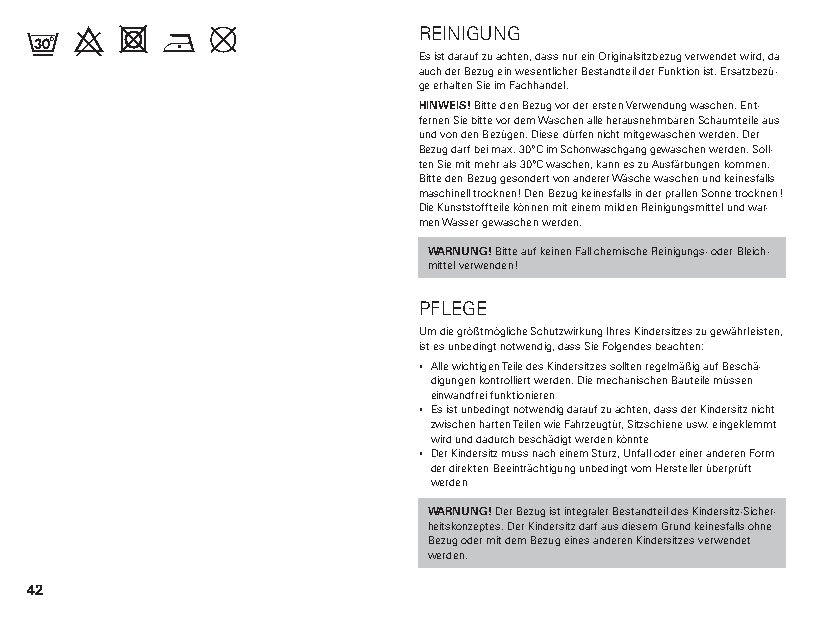
f  9  4     ,             REINIGUNG
 Es ist darauf zu achten, dass nur ein Originalsitzbezug verwendet wird, da
 auch der Bezug ein wesentlicher Bestandteil der Funktion ist. Ersatzbezü-
 ge erhalten Sie im Fachhandel.
 HINWEIS! Bitte den Bezug vor der ersten Verwendung waschen. Ent-
 fernen Sie bitte vor dem Waschen alle herausnehmbaren Schaumteile aus
 und von den Bezügen. Diese dürfen nicht mitgewaschen werden. Der
 Bezug darf bei max. 30°C im Schonwaschgang gewaschen werden. Soll-
 ten Sie mit mehr als 30°C waschen, kann es zu Ausfärbungen kommen.
 Bitte den Bezug gesondert von anderer Wäsche waschen und keinesfalls
 maschinell trocknen! Den Bezug keinesfalls in der prallen Sonne trocknen!
 Die Kunststoffteile können mit einem milden Reinigungsmittel und war-
 men Wasser gewaschen werden.
 WARNUNG! Bitte auf keinen Fall chemische Reinigungs- oder Bleich-
 mittel verwenden!
 PFLEGE
 Um die größtmögliche Schutzwirkung Ihres Kindersitzes zu gewährleisten,
 ist es unbedingt notwendig, dass Sie Folgendes beachten:
 ▪ Alle wichtigen Teile des Kindersitzes sollten regelmäßig auf Beschä-
 digungen kontrolliert werden. Die mechanischen Bauteile müssen
 einwandfrei funktionieren
 ▪ Es ist unbedingt notwendig darauf zu achten, dass der Kindersitz nicht
 zwischen harten Teilen wie Fahrzeugtür, Sitzschiene usw. eingeklemmt
 wird und dadurch beschädigt werden könnte
 ▪ Der Kindersitz muss nach einem Sturz, Unfall oder einer anderen Form
 der direkten Beeinträchtigung unbedingt vom Hersteller überprüft
 werden
 WARNUNG! Der Bezug ist integraler Bestandteil des Kindersitz-Sicher-
 heitskonzeptes. Der Kindersitz darf aus diesem Grund keinesfalls ohne
 Bezug oder mit dem Bezug eines anderen Kindersitzes verwendet
 werden.
 42
 i